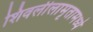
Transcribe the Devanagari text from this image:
शिवलीलामृतामध्ये